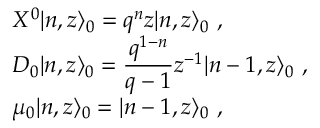
\begin{array} { l } { { { \cal X } ^ { 0 } \vert n , z \rangle _ { 0 } = q ^ { n } z \vert n , z \rangle _ { 0 } ~ , } } \\ { { { \cal D } _ { 0 } \vert n , z \rangle _ { 0 } = \displaystyle \frac { q ^ { 1 - n } } { q - 1 } z ^ { - 1 } \vert n - 1 , z \rangle _ { 0 } ~ , } } \\ { { \mu _ { 0 } \vert n , z \rangle _ { 0 } = \vert n - 1 , z \rangle _ { 0 } ~ , } } \end{array}